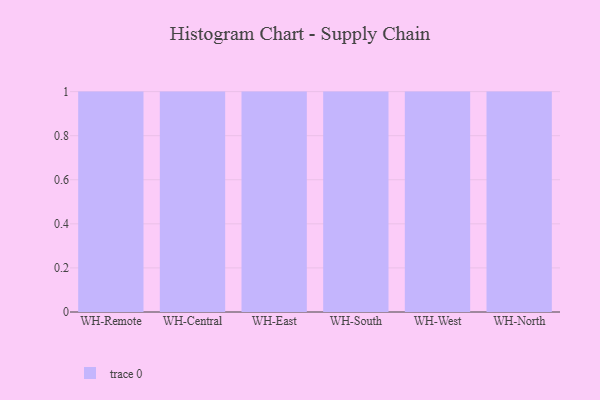
{"axis": {"x": "Warehouse", "y": "Net Income (USD K)"}, "legend": [""], "data": [{"x": "WH-Remote", "y": 78, "type": ""}, {"x": "WH-Central", "y": 33, "type": ""}, {"x": "WH-East", "y": 13, "type": ""}, {"x": "WH-South", "y": 73, "type": ""}, {"x": "WH-West", "y": 97, "type": ""}, {"x": "WH-North", "y": 11, "type": ""}]}